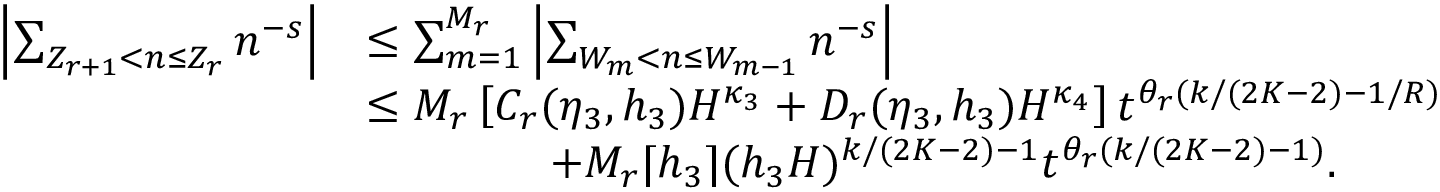
\begin{array} { r l } { \left| \sum _ { Z _ { r + 1 } < n \le Z _ { r } } n ^ { - s } \right| } & { \le \sum _ { m = 1 } ^ { M _ { r } } \left| \sum _ { W _ { m } < n \le W _ { m - 1 } } n ^ { - s } \right| } \\ & { \le M _ { r } \left[ C _ { r } ( \eta _ { 3 } , h _ { 3 } ) H ^ { \kappa _ { 3 } } + D _ { r } ( \eta _ { 3 } , h _ { 3 } ) H ^ { \kappa _ { 4 } } \right] t ^ { \theta _ { r } ( k / ( 2 K - 2 ) - 1 / R ) } } \\ & { \qquad \qquad + M _ { r } \lceil h _ { 3 } \rceil ( h _ { 3 } H ) ^ { k / ( 2 K - 2 ) - 1 } t ^ { \theta _ { r } ( k / ( 2 K - 2 ) - 1 ) } . } \end{array}